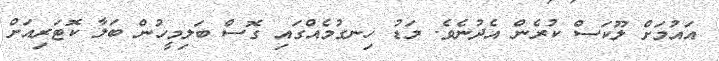
އައުމަށް ލޫކަސް ކުރެން އެދުނެވެ. މަޑު ހިނގުމެއްގައި ގޮސް ބަލިމީހުން ބަލާ ކޮޓަރިއަށް